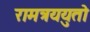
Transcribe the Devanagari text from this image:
रामत्रययुतो